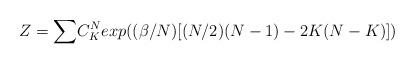
LaTeX: \begin{align*}Z = {\large\sum} C^N_K exp{\large(}(\beta/N)[(N/2)(N-1) - 2 K(N-K)]{\large)}\end{align*}